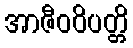
အာဇီဝဝိပတ္တိ